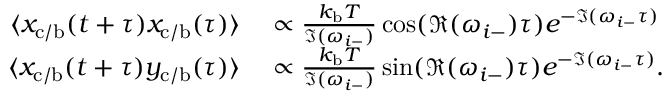
\begin{array} { r l } { \langle x _ { \mathrm { c / b } } ( t + \tau ) x _ { \mathrm { c / b } } ( \tau ) \rangle } & { { } \propto \frac { k _ { \mathrm { b } } T } { \Im ( \omega _ { i - } ) } \cos ( \Re ( \omega _ { i - } ) \tau ) e ^ { - \Im ( \omega _ { i - } \tau ) } } \\ { \langle x _ { \mathrm { c / b } } ( t + \tau ) y _ { \mathrm { c / b } } ( \tau ) \rangle } & { { } \propto \frac { k _ { \mathrm { b } } T } { \Im ( \omega _ { i - } ) } \sin ( \Re ( \omega _ { i - } ) \tau ) e ^ { - \Im ( \omega _ { i - } \tau ) } . } \end{array}